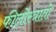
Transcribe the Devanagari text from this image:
फीलोस्त्रातो